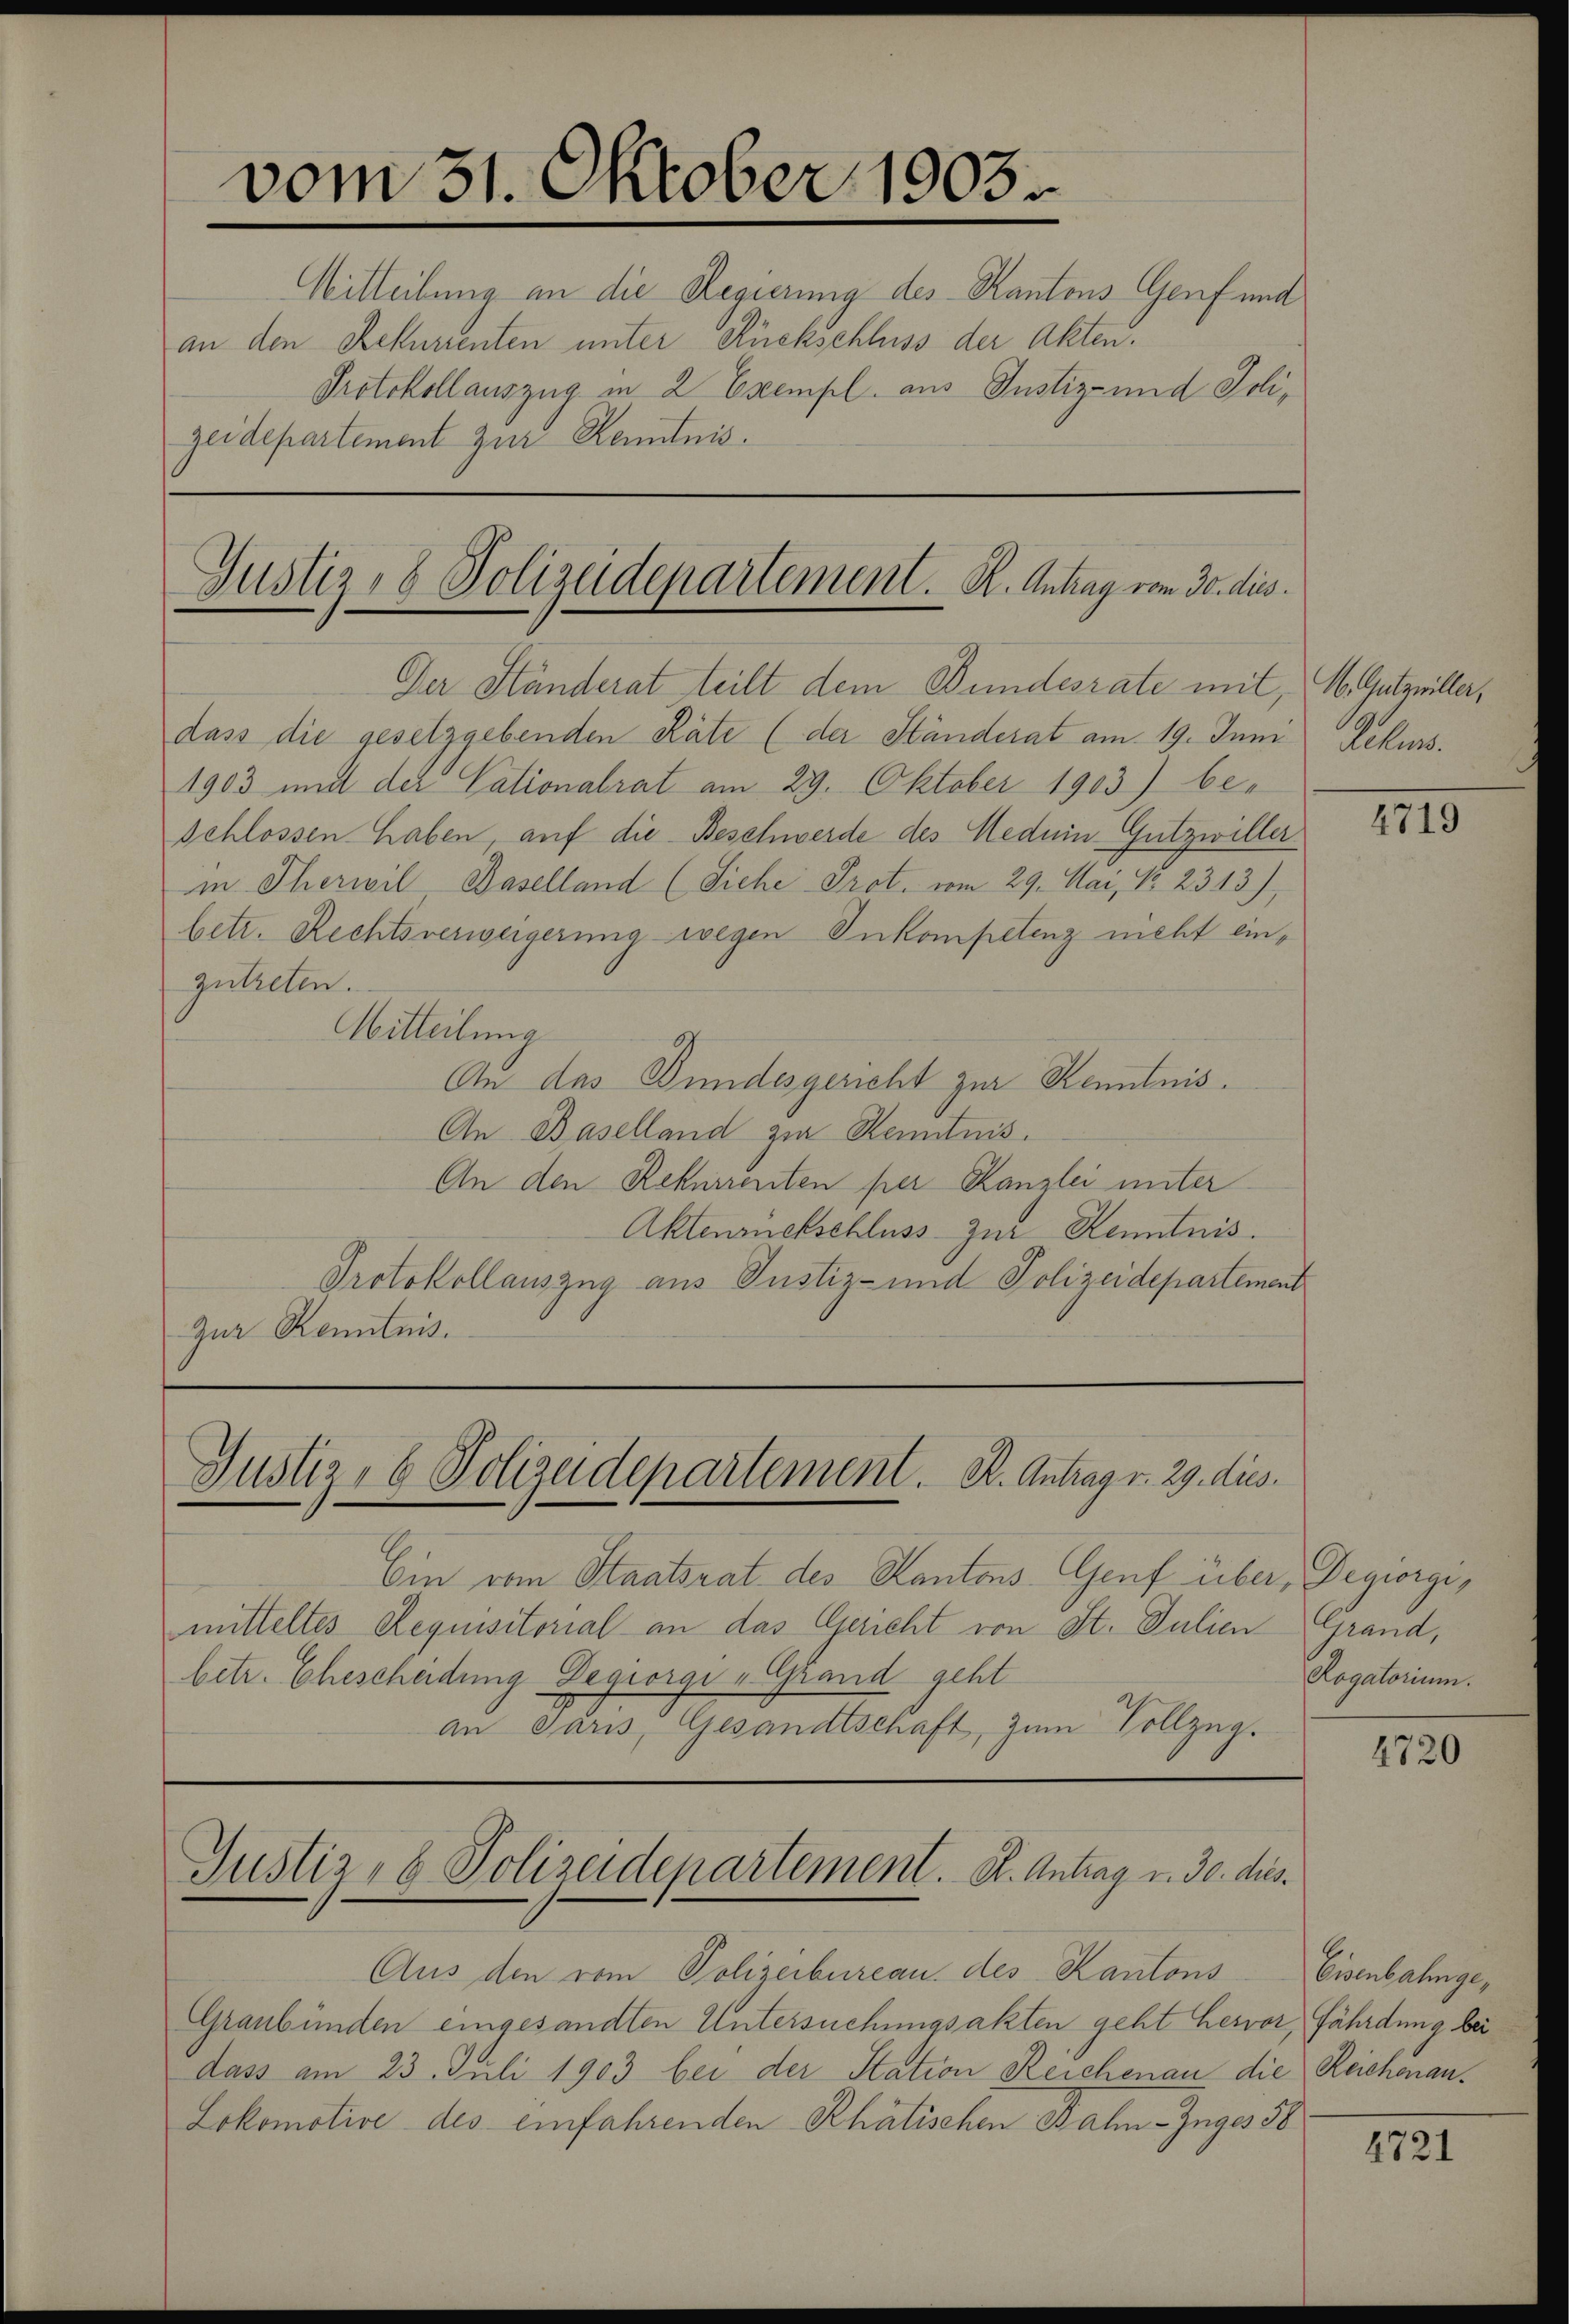
vom 31. Oktober 1903.
Mitteilung an die Regierung des Kantons Genf und
an den Rekurrenten unter Rückschluss der Akten.
Protokollauszug in 2 Exempl. aus Justiz- und Joli,
zeidepartement zur Kenntnis.

Justiz- & Polizeidepartement. K. Antrag vom 30. dies
Der Ständerat teilt dem Bundesrate mit, M. Gutzwiller,

dass die gesetzgebenden Räte (der Ständerat am 19. Juni Rekurs
1903 und der Vationalrat am 29. Oktober 1903) beschlossen haben, auf die Beschwerde des Meduin-Gutzwiller
in Therwil Baselland (Siehe Prot. vom 29. Mai, No 2343),
betr. Rechtsverweigerung wegen Inkompetenz nicht einzutreten.
Mitteilung
An das Bundesgericht zur Kenntnis.
An Baselland zur Kenntnis.
An den Rekurrenten per Kanzlei unter
Aktenrückschluss zur Kenntnis.
Protokollauszug aus Justiz- und Polizeidepartement
Zur Kenntnis.

Justiz- & Polizeidepartement. K. Antrag v. 29. dies

Ein vom Staatsrat des Kantons- Genf über, Degiorgimitteltes Requisitorial an das Gericht von St. Julien Grand,
betr. Ehescheidung Degiorgi „Grand geht
an Paris, Gesandtschaft, zum Vollzug.

Justiz- & Polizeidepartement. K. Antrag v. 30. dies¬

Aus den vom Polizeibureau des Kantons
Graubünden eingesandten Untersuchungsakten geht hervor, fährdung bei
dass am 23. Juli 1903 bei der Station Reichenau die Reichenau¬
Lokomotive des einfahrenden Rhätischen Bahn-Zuges 88

1719

Rogatorium.

720

Eisenbahnge¬

4721